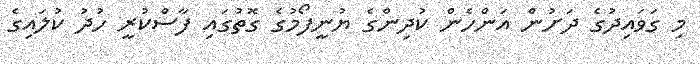
މި ގަވައިދުގެ ދަށުން އަންހެން ކުދިންގެ ޔުނީފޯމުގެ ގޮތުގައި ފާސްކުރީ ހުދު ކުލައިގެ